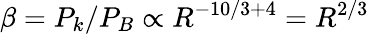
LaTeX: \beta=P_{k}/P_{B}\propto R^{-10/3+4}=R^{2/3}